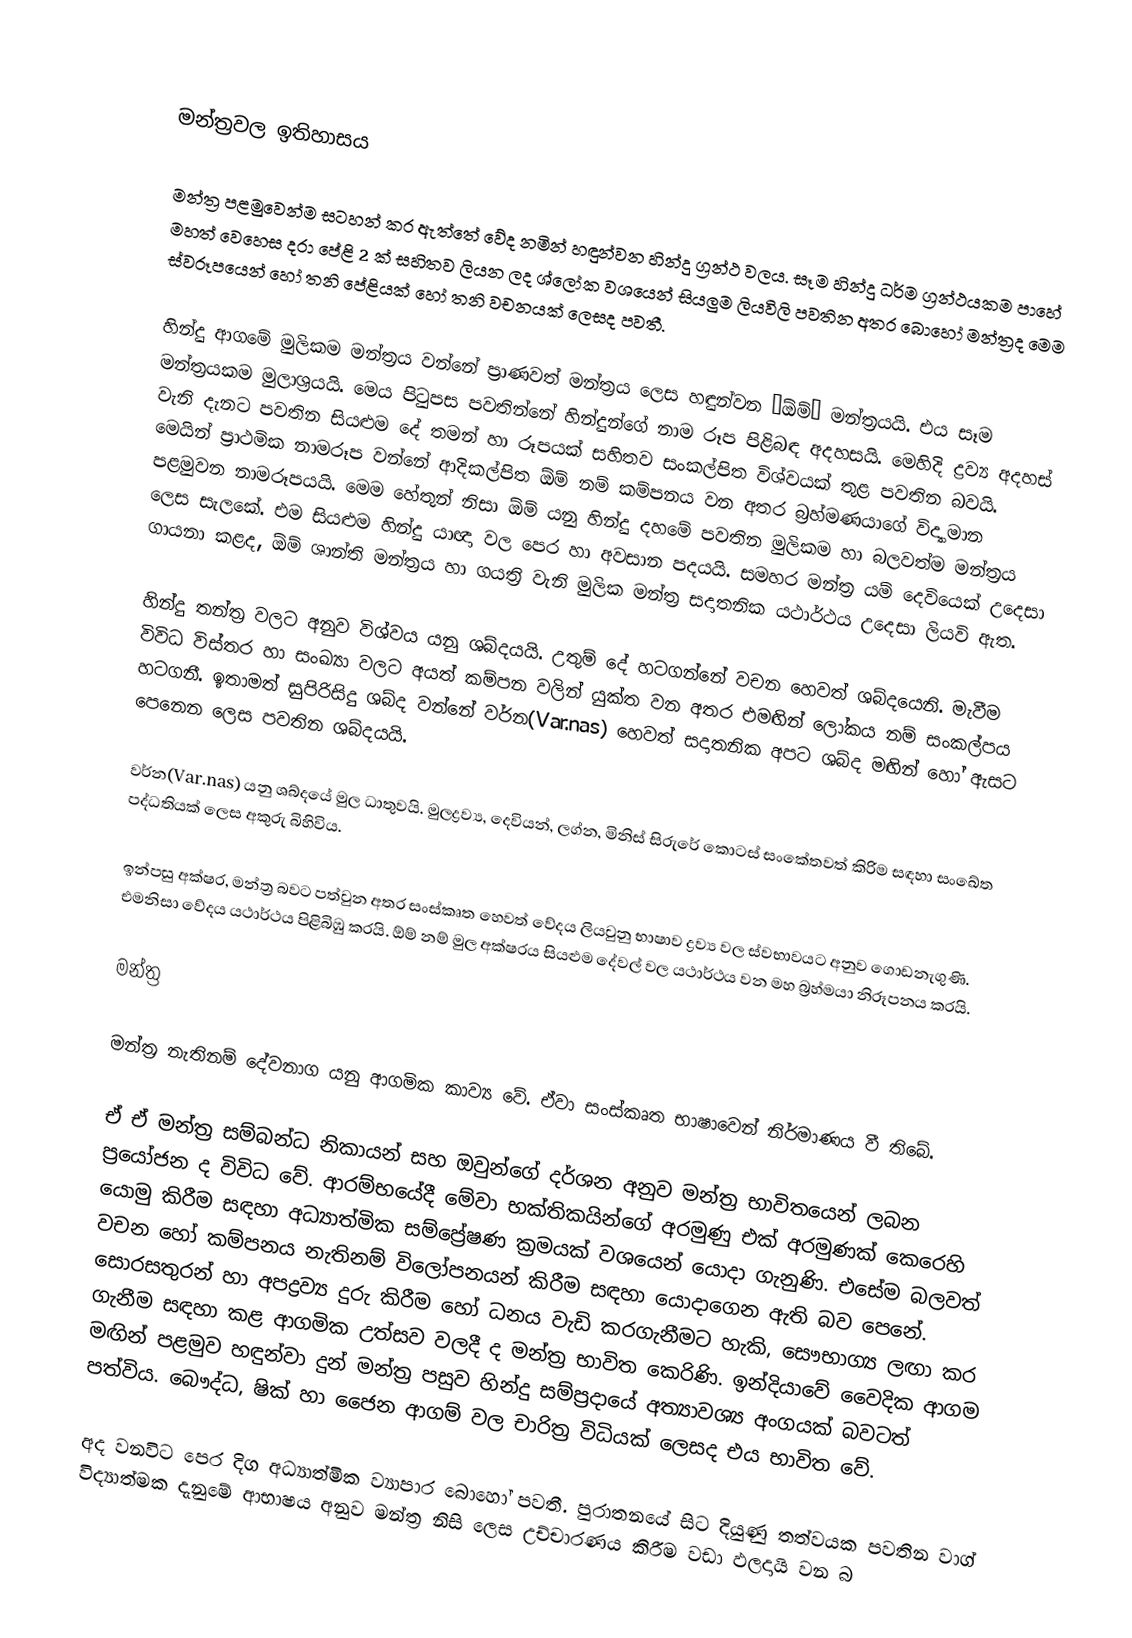

මන්ත්‍රවල ඉතිහාසය

මන්ත්‍ර පළමුවෙන්ම සටහන් කර ඇත්තේ වේද නමින් හඳුන්වන හින්දු ග්‍රන්ථ වලය. සෑම හින්දු ධර්ම ග්‍රන්ථයකම පාහේ මහත් වෙහෙස දරා පේළි 2 ක් සහිතව ලියන ලද ශ්ලෝක වශයෙන් සියලුම ලියවිලි පවතින අතර බොහෝ මන්ත්‍රද මෙම ස්වරූපයෙන් හෝ තනි පේළියක් හෝ තනි වචනයක් ලෙසද පවතී.

හින්දු ආගමේ මුලිකම මන්ත්‍රය වන්නේ ප්‍රාණවත් මන්ත්‍රය ලෙස හඳුන්වන ‘ඕම්’ මන්ත්‍රයයි. එය සෑම මන්ත්‍රයකම මුලාශ්‍රයයි. මෙය පිටුපස පවතින්නේ හින්දුන්ගේ නාම රූප පිළිබඳ අදහසයි. මෙහිදි ද්‍රව්‍ය අදහස් වැනි දැනට පවතින සියළුම දේ තමන් හා රූපයක් සහිතව සංකල්පිත විශ්වයක් තුළ පවතින බවයි. මෙයින් ප්‍රාථමික නාමරූප වන්නේ ආදිකල්පිත ඕම් නම් කම්පනය වන අතර බ්‍රහ්මණයාගේ විද්‍යාමාන පළමුවන නාමරූපයයි. මෙම හේතුන් නිසා ඕම් යනු හින්දු දහමේ පවතින මුලිකම හා බලවත්ම මන්ත්‍රය ලෙස සැලකේ. එම සියළුම හින්දු යාඥා වල පෙර හා අවසාන පදයයි. සමහර මන්ත්‍ර යම් දෙවියෙක් උදෙසා ගායනා කළද, ඕම් ශාන්ති මන්ත්‍රය හා ගයත්‍රි වැනි මුලික මන්ත්‍ර සදාතනික යථාර්ථය උදෙසා ලියවි ඇත.

හින්දු තන්ත්‍ර වලට අනුව විශ්වය යනු ශබ්දයයි. උතුම් දේ හටගන්නේ වචන හෙවත් ශබ්දයෙනි. මැවීම විවිධ විස්තර හා සංඛ්‍යා වලට අයත් කම්පන වලින් යුක්ත වන අතර එමඟින් ලෝකය නම් සංකල්පය හටගනී. ඉතාමත් සුපිරිසිදු ශබ්ද වන්නේ වර්න(Var.nas) හෙවත් සදාතනික අපට ශබ්ද මඟින් හෝ ඇසට පෙනෙන ලෙස පවතින ශබ්දයයි.

වර්න(Var.nas) යනු ශබ්දයේ මුල ධාතුවයි. මුලද්‍රව්‍ය, දෙවියන්, ලග්න, මිනිස් සිරුරේ කොටස් සංකේතවත් කිරිම සඳහා සංඛේත පද්ධතියක් ලෙස අකුරු බිහිවිය.

ඉන්පසු අක්ෂර, මන්ත්‍ර බවට පත්වුන අතර සංස්කෘත හෙවත් වේදය ලියවුනු භාෂාව ද්‍රව්‍ය වල ස්වභාවයට අනුව ගොඩනැගුණි. එමනිසා වේදය යථාර්ථය පිළිබිඹු කරයි. ඕම් නම් මුල අක්ෂරය සියළුම දේවල් වල යථාර්ථය වන මහ බ්‍රහ්මයා නිරූපනය කරයි.

මන්ත්‍ර

මන්ත්‍ර නැතිනම් දේවනාග යනු ආගමික කාව්‍ය වේ. ඒවා සංස්කෘත භාෂාවෙන් නිර්මාණය වී තිබේ.

ඒ ඒ මන්ත්‍ර සම්බන්ධ නිකායන් සහ ඔවුන්ගේ දර්ශන අනුව මන්ත්‍ර භාවිතයෙන් ලබන ප්‍රයෝජන ද විවිධ වේ. ආරම්භයේදී මේවා භක්තිකයින්ගේ අරමුණු එක් අරමුණක් කෙරෙහි යොමු කිරීම සඳහා අධ්‍යාත්මික සම්ප්‍රේෂණ ක්‍රමයක් වශයෙන් යොදා ගැනුණි.  එසේම බලවත් වචන හෝ කම්පනය  නැතිනම් විලෝපනයන් කිරීම සඳහා යොදාගෙන ඇති බව පෙනේ. සොරසතුරන් හා අපද්‍රව්‍ය දුරු කිරීම  හෝ ධනය වැඩි කරගැනීමට හැකි, සෞභාග්‍ය ලඟා කර ගැනීම සඳහා කළ ආගමික උත්සව වලදී ද මන්ත්‍ර භාවිත කෙරිණි. ඉන්දියාවේ  වෛදික ආගම මඟින් පළමුව හඳුන්වා දුන් මන්ත්‍ර පසුව හින්දු සම්ප්‍රදායේ අත්‍යාවශ්‍ය අංගයක් ‍බවටත් පත්විය. බෞද්ධ, ෂික් හා ජෛන ආගම් වල චාරිත්‍ර විධියක් ලෙසද එය භාවිත වේ.

අද වනවිට පෙර දිග අධ්‍යාත්මික ව්‍යාපාර බොහෝ පවතී. පුරාතනයේ සිට දියුණු තත්වයක පවතින වාග් විද්‍යාත්මක දැනුමේ ආභාෂය අනුව මන්ත්‍ර නිසි ලෙස උච්චාරණය කිරීම වඩා ඵලදායි වන බ